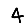
Digit: 4